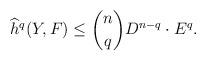
LaTeX: \begin{align*} \widehat{h}^q(Y,F)\le \binom{n}{q} D^{n-q}\cdot E^q. \end{align*}